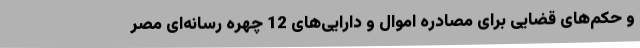
و حکم‌های قضایی برای مصادره اموال و دارایی‌های 12 چهره رسانه‌ای مصر